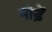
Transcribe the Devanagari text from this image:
मोडे़ं